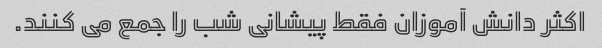
اکثر دانش آموزان فقط پیشانی شب را جمع می کنند.